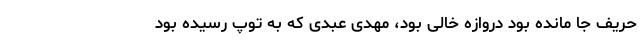
حریف جا مانده بود دروازه خالی بود، مهدی عبدی که به توپ رسیده بود